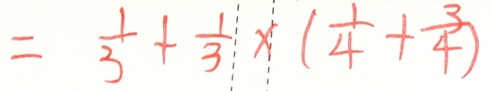
= \frac { 1 } { 3 } + \frac { 1 } { 3 } \times ( \frac { 1 } { 4 } + \frac { 3 } { 4 } )